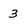
Character: 3